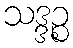
သဒ္ဒဉ္စ